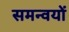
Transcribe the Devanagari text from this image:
समन्वयों